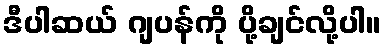
ဒီပါဆယ် ဂျပန်ကို ပို့ချင်လို့ပါ။